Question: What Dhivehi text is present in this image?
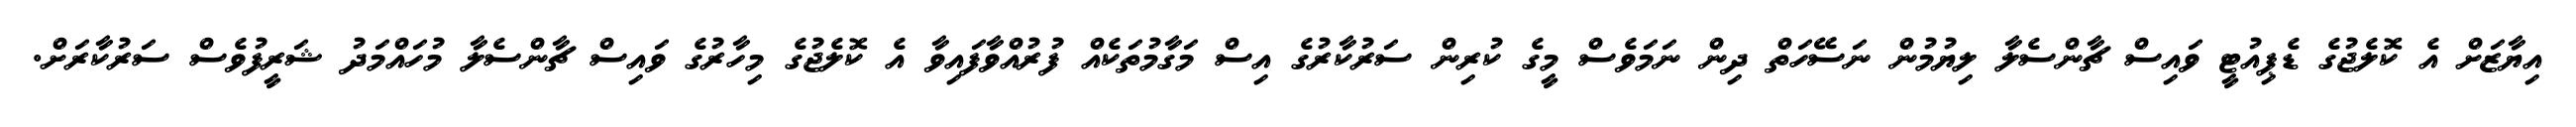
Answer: އިޔާޒަށް އެ ކޮލެޖުގެ ޑެޕިއުޓީ ވައިސް ޗާންސެލާ ލިޔުމުން ނަސޭހަތް ދިން ނަމަވެސް މީގެ ކުރިން ސަރުކާރުގެ އިސް މަގާމުތަކެއް ފުރުއްވާފައިވާ އެ ކޮލެޖުގެ މިހާރުގެ ވައިސް ޗާންސެލާ މުހައްމަދު ޝަރީފުވެސް ސަރުކާރަށް.